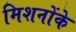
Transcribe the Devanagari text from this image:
मिशनोंके